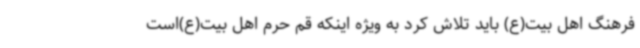
فرهنگ اهل بیت(ع) باید تلاش کرد به ویژه اینکه قم حرم اهل بیت‌(ع)است